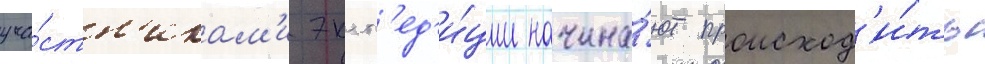
уча́стн'икам'и эксп'ед'и́ции начина́ют происход'и́ть